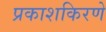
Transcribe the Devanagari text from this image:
प्रकाशकिरणे